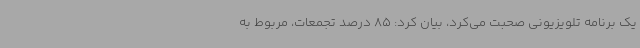
یک برنامه تلویزیونی صحبت می‌کرد، بیان کرد: 85 درصد تجمعات، مربوط به